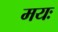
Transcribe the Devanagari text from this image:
मयः